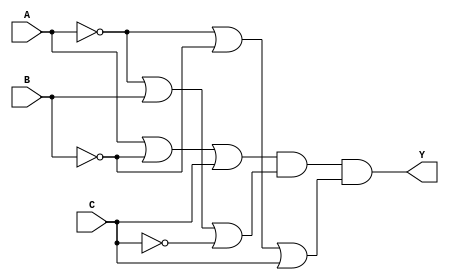
module pos_simplification (
    input wire A,      // Input variable A
    input wire B,      // Input variable B
    input wire C,      // Input variable C
    output wire Y      // Output of the POS expression
);

// Intermediate signals for sum terms
wire sum_term1; // Represents (A + B' + C)
wire sum_term2; // Represents (A' + B + C')
wire sum_term3; // Represents (A' + B' + C)

// Sum Term 1: A + B' + C
assign sum_term1 = A | (~B) | C;

// Sum Term 2: A' + B + C'
assign sum_term2 = (~A) | B | (~C);

// Sum Term 3: A' + B' + C
assign sum_term3 = (~A) | (~B) | C;

// Final Output: AND of all sum terms
assign Y = sum_term1 & sum_term2 & sum_term3;

endmodule